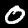
Label: 0